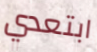
ابتعدي